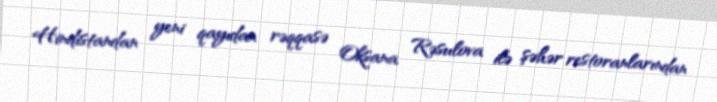
Hindistandan yeni qayıdan rəqqasə Oksana Rəsulova ilə şəhər restoranlarından